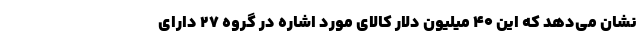
نشان می‌دهد که این ۴۰ میلیون دلار کالای مورد اشاره در گروه ۲۷ دارای